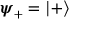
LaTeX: { \boldsymbol { \psi } } _ { + } = | + \rangle